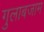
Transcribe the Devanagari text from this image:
गुलाबजाम